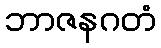
ဘာဇနဂတံ